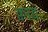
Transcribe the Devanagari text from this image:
क्वाय